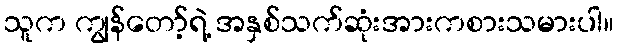
သူက ကျွန်တော့်ရဲ့ အနှစ်သက်ဆုံးအားကစားသမားပါ။